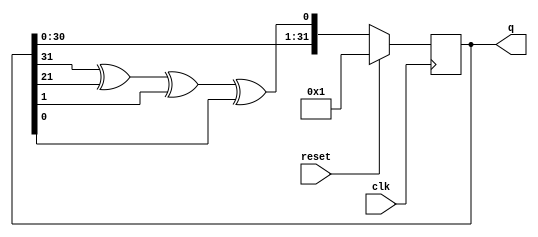
module top_module(
    input clk,
    input reset,    // Active-high synchronous reset to 32'h1
    output reg [31:0] q
);

    wire feedback;

    assign feedback = q[31] ^ q[21] ^ q[1] ^ q[0];

    always @(posedge clk) begin
        if (reset) begin
            q <= 32'h1;
        end else begin
            q <= {q[30:0], feedback};
        end
    end

endmodule